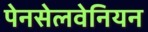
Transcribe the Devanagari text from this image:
पेनसेलवेनियन